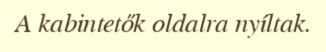
A kabintetők oldalra nyíltak.